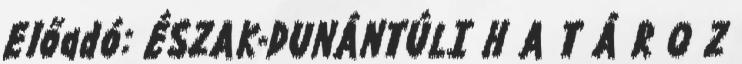
Előadó: ÉSZAK-DUNÁNTÚLI H A T Á R O Z